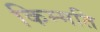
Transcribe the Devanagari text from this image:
किम्मति